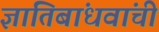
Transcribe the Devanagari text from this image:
ज्ञातिबांधवांची